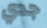
جدي